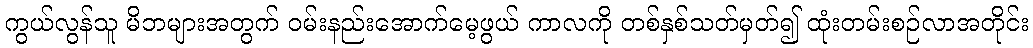
ကွယ်လွန်သူ မိဘများအတွက် ဝမ်းနည်းအောက်မေ့ဖွယ် ကာလကို တစ်နှစ်သတ်မှတ်၍ ထုံးတမ်းစဉ်လာအတိုင်း